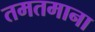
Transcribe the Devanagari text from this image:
तमतमाना